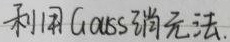
利用Gauss消元法.